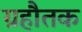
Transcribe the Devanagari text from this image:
ग्रहौतक